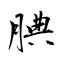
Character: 腆